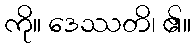
ကို။ ဒေဿတိ၊ ၏။